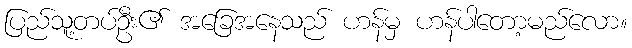
ပြည်သူ့တပ်ဦး၏ အခြေအနေသည် ဟန်မှ ဟန်ပါတော့မည်လော။